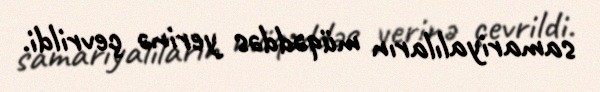
samariyalıların müqəddəs yerinə çevrildi.